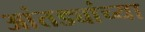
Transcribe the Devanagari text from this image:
आंतड्यांच्या